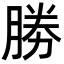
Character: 勝